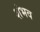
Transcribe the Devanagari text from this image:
शंभव